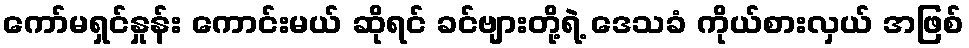
ကော်မရှင်နှုန်း ကောင်းမယ် ဆိုရင် ခင်ဗျားတို့ရဲ့ ဒေသခံ ကိုယ်စားလှယ် အဖြစ်